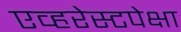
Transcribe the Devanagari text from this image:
एव्हरेस्टपेक्षा